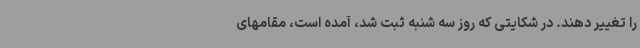
را تغییر دهند. در شکایتی که روز سه شنبه ثبت شد، آمده است، مقامهای